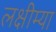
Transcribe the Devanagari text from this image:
लक्षीम्या